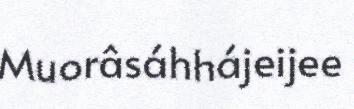
Muorâsáhhájeijee